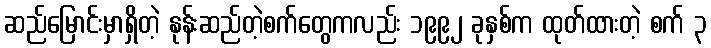
ဆည်မြောင်းမှာရှိတဲ့ နုန်းဆည်တဲ့စက်တွေကလည်း ၁၉၉၂ ခုနှစ်က ထုတ်ထားတဲ့ စက် ၃